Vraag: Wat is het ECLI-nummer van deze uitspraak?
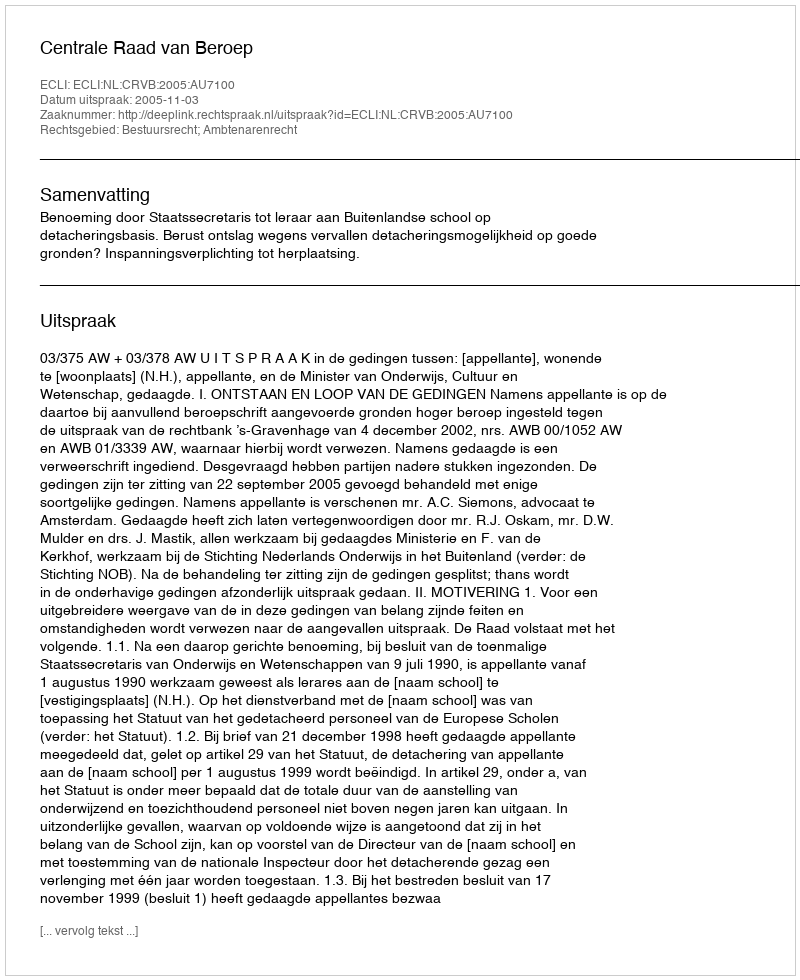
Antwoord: ECLI:NL:CRVB:2005:AU7100